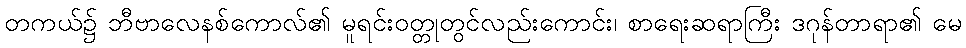
တကယ်၌ ဘီဗာလေနစ်ကောလ်၏ မူရင်းဝတ္တုတွင်လည်းကောင်း၊ စာရေးဆရာကြီး ဒဂုန်တာရာ၏ မေ